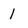
Character: 1